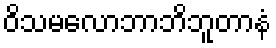
ဝိသမလောဘာဘိဘူတာနံ